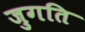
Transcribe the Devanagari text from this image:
जुगति